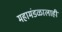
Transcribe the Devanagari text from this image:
महामंडळालाही